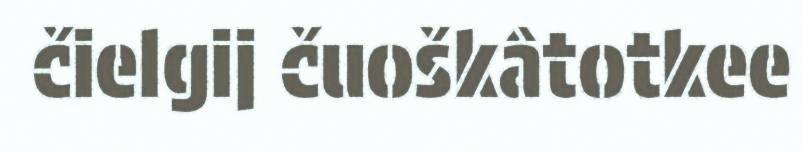
čielgij čuoškâtotkee